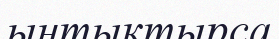
ынтықтырса